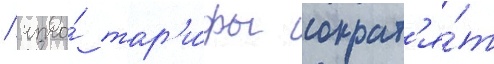
/ что́ тар'и́фы сократ'я́т